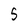
Character: 5